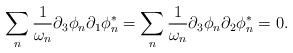
LaTeX: \begin{align*}\sum_{n}\frac{1}{\omega _{n}}\partial _{3}\phi _{n}\partial _{1}\phi_{n}^{*}=\sum_{n}\frac{1}{\omega _{n}}\partial _{3}\phi _{n}\partial_{2}\phi _{n}^{*}=0. \end{align*}